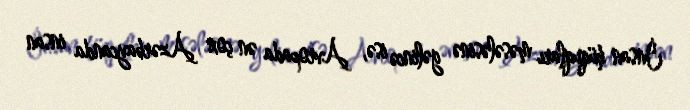
İnsan hüquqları məsələsinə gəlincə isə, Avropada ən çox Azərbaycanda insan